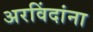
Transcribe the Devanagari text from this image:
अरविंदांना